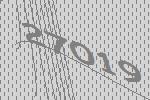
27019